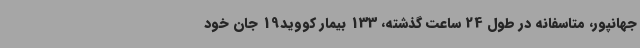
جهانپور، متاسفانه در طول 24 ساعت گذشته، 133 بیمار کووید19 جان خود